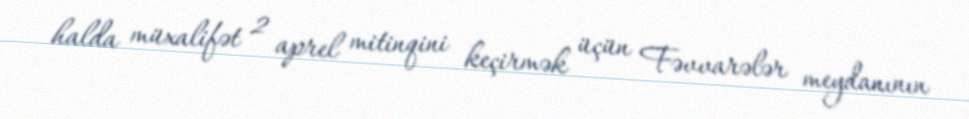
halda müxalifət 2 aprel mitinqini keçirmək üçün Fəvvarələr meydanının